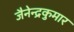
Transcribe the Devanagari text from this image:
जैनेन्द्रकुमार